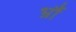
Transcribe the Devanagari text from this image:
भ्रौं